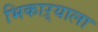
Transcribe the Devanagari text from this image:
भिकाऱ्याला